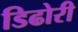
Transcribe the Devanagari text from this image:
डिढोरी